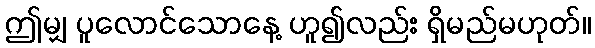
ဤမျှ ပူလောင်သောနေ့ ဟူ၍လည်း ရှိမည်မဟုတ်။